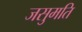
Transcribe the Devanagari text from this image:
जसुमति